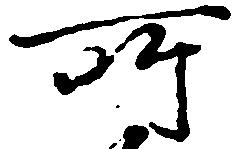
所